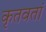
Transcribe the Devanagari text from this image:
कृतवतां